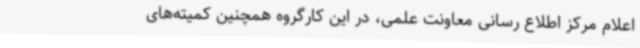
اعلام مرکز اطلاع رسانی معاونت علمی، در این کارگروه همچنین کمیته‌های